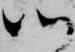
ツ